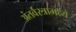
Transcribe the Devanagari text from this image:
अंतर्वस्त्रामध्ये